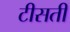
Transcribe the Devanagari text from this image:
टीसती